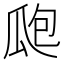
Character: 瓟